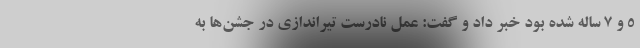
۵ و ۷ ساله شده بود خبر داد و گفت: عمل نادرست تیراندازی در جشن‌ها به